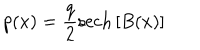
LaTeX: p ( x ) = { \frac { q } { 2 } } \mathrm { s e c h } \left[ B ( x ) \right]